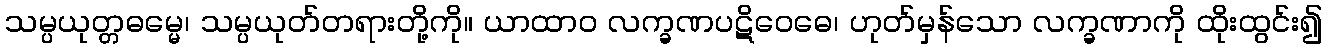
သမ္ပယုတ္တဓမ္မေ၊ သမ္ပယုတ်တရားတို့ကို။ ယာထာဝ လက္ခဏပဋိဝေဓေ၊ ဟုတ်မှန်သော လက္ခဏာကို ထိုးထွင်း၍